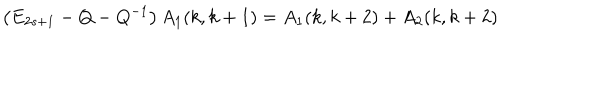
LaTeX: \left( E _ { 2 s + 1 } - Q - Q ^ { - 1 } \right) A _ { 1 } ( k , k + 1 ) = A _ { 1 } ( k , k + 2 ) + A _ { 2 } ( k , k + 2 )